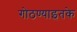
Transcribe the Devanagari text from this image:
गोठण्याइतके